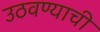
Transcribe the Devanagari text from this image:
उठवण्याची